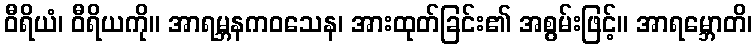
ဝီရိယံ၊ ဝီရိယကို။ အာရမ္ဘနကဝသေန၊ အားထုတ်ခြင်း၏ အစွမ်းဖြင့်။ အာရမ္ဘောတိ၊